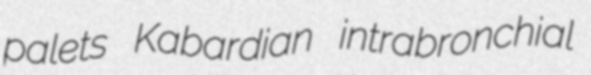
palets Kabardian intrabronchial